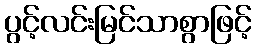
ပွင့်လင်းမြင်သာစွာဖြင့်